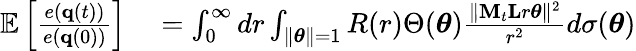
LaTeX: \begin{array}{rl}{\mathbb{E}\left[\frac{e({\mathbf q}(t))}{e({\mathbf q}(0))}\right]}&{{}=\int_{0}^{\infty}dr\int_{\| \boldsymbol{\theta}\| =1}R(r)\Theta(\boldsymbol{\theta})\frac{\| {\mathbf M}_{t}{\mathbf L}r\boldsymbol{\theta}\| ^{2}}{r^{2}}d\sigma(\boldsymbol{\theta})}\end{array}